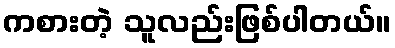
ကစားတဲ့ သူလည်းဖြစ်ပါတယ်။